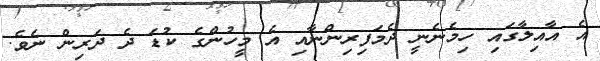
އެ އާއިލާގައި ހިމެނެނީ ދެމަފިރިންނާއި އެ މީހުންގެ ކުޑަ ދެ ދަރިން ނެވެ.